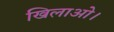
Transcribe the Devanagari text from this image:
खिलाओ।